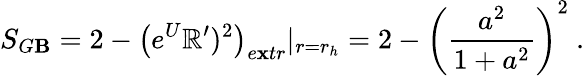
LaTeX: S_{G\mathbf{B}}=2-\left(e^{U}\mathbb{R}^{\prime})^{2}\right)_{e\mathbf{x}tr}|_{r=r_{h}}=2-\left({\frac{{a^{2}}}{{1+a^{2}}}}\right)^{2}\ .